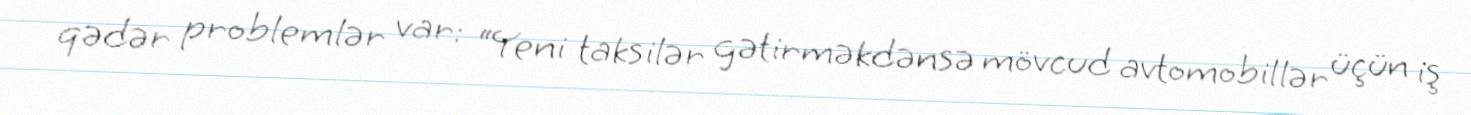
qədər problemlər var: “Yeni taksilər gətirməkdənsə mövcud avtomobillər üçün iş